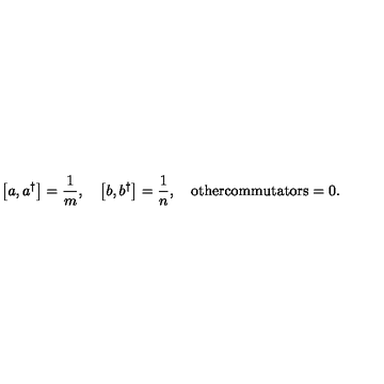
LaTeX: \left[ a , a ^ { \dagger } \right] = \frac { 1 } { m } , \quad \left[ b , b ^ { \dagger } \right] = \frac { 1 } { n } , \quad \mathrm { o t h e r c o m m u t a t o r s } = 0 .